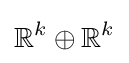
\mathbb {R} ^{k}\oplus \mathbb {R} ^{k}